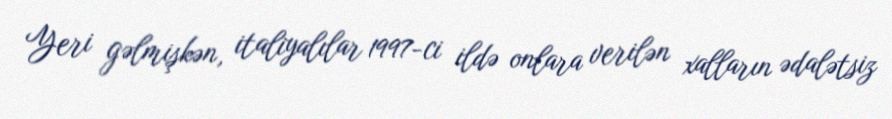
Yeri gəlmişkən, italiyalılar 1997-ci ildə onlara verilən xalların ədalətsiz